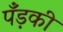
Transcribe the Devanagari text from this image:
पँड़की